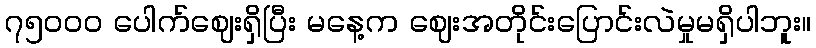
၇၅၀၀၀ ပေါက်ဈေးရှိပြီး မနေ့က ဈေးအတိုင်းပြောင်းလဲမှုမရှိပါဘူး။